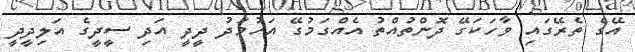
އޭގެ ތެރޭގައި ވާހަކަގޭ ދޮންތުއްތު އެއްގަމުގޭ އަހުމަދު ދީދީ އަދި ސީދީގެ އަލިދީދީ